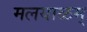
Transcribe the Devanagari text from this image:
मलयाळम्